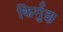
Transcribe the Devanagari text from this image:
किर्गुझ